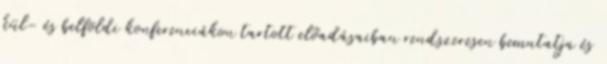
kül- és belföldi konferenciákon tartott előadásaiban rendszeresen bemutatja és